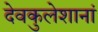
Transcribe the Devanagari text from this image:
देवकुलेशानां